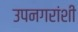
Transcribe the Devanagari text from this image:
उपनगरांशी